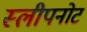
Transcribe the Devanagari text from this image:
स्लीपनोट